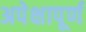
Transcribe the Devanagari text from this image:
अपेक्षापूर्ण